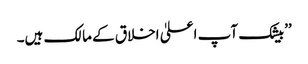
’’بیشک آپ اعلیٰ اخلاق کے مالک ہیں۔